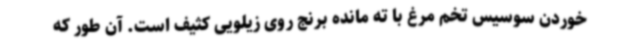
خوردن سوسیس تخم مرغ با ته مانده برنج روی زیلویی کثیف است. آن طور که